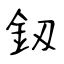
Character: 釼